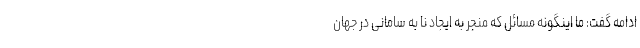
ادامه گفت: ما اینگونه مسائل که منجر به ایجاد نا به سامانی در جهان